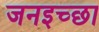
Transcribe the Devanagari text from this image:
जनइच्छा